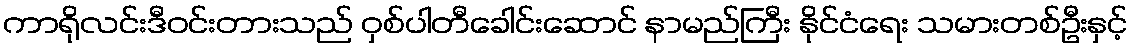
ကာရိုလင်းဒီဝင်းတားသည် ဝှစ်ပါတီခေါင်းဆောင် နာမည်ကြီး နိုင်ငံရေး သမားတစ်ဦးနှင့်